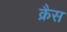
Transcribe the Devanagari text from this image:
क्रैस